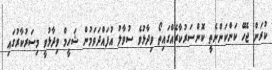
ކުރަން ޖެހޭ ކަންކަންނެތީ ކޮންސަރުކާރެއްގައިތޯ ވިދާޅުވެ ސުވާލު އުފައްދަވަމުން ޝަހީމް ވިދާޅުވީ މިސަރުކާރުގައި